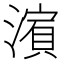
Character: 𱨺